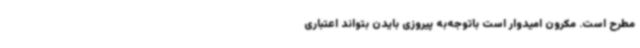
مطرح است. مکرون امیدوار است باتوجه‌به پیروزی بایدن بتواند اعتباری